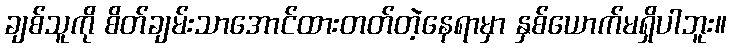
ချစ်သူကို စိတ်ချမ်းသာအောင်ထားတတ်တဲ့နေရာမှာ နှစ်ယောက်မရှိပါဘူး။